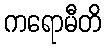
ကရောမီတိ